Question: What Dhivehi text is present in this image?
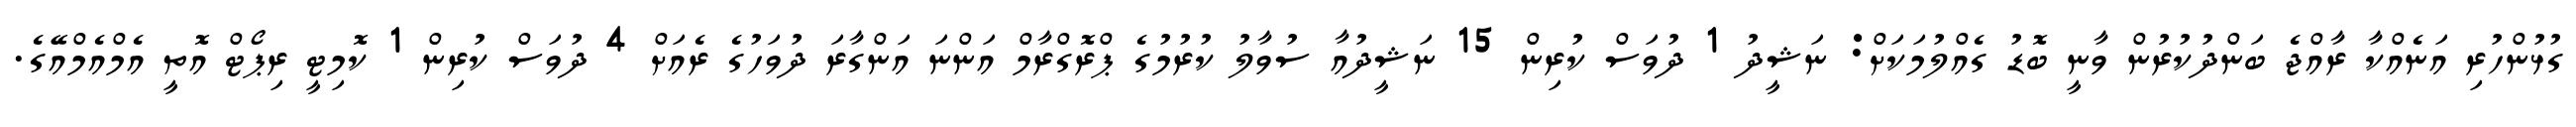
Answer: ގުޅުންހުރި އަނެއްކާ ރާއްޖެ ބަންދުކުރުން ވާނީ ބޮޑު ގެއްލުމަކަށް: ނަޝީދު 1 ދުވަސް ކުރިން 15 ނަޝީދުއާ ސުވާލު ކުރުމުގެ ޕްރޮގްރާމް އަންނަ އަންގާރަ ދުވަހުގެ ރެއަށް 4 ދުވަސް ކުރިން 1 ކޮމިޓީ ރިޕޯޓް އޮތީ އެމްއެމްއޭގެ.